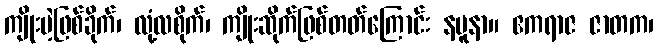
ကျိုးမဲ့ဖြစ်ခိုက်၊ လုံ့လစိုက်၊ ကျိုးဆိုက်ဖြစ်တတ်ကြောင်း နမူနာ။ ဧကရာဇ ဇာတက၊